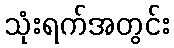
သုံးရက်အတွင်း